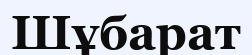
Шұбарат